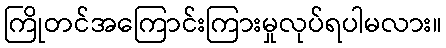
ကြိုတင်အကြောင်းကြားမှုလုပ်ရပါမလား။